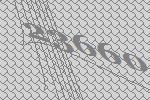
23660